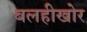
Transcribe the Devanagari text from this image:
बलहीखोर